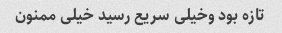
تازه بود وخیلی سریع رسید خیلی ممنون